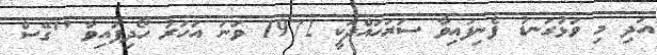
އަދި މި ވަޅުގަނޑު ފެނިފައިވާ ސަރަހައްދަކީ 1972 ވަނަ އަހަރު ހޯދިފައިވާ "ގޭސް